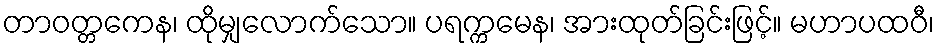
တာဝတ္တကေန၊ ထိုမျှလောက်သော။ ပရက္ကမေန၊ အားထုတ်ခြင်းဖြင့်။ မဟာပထဝီ၊